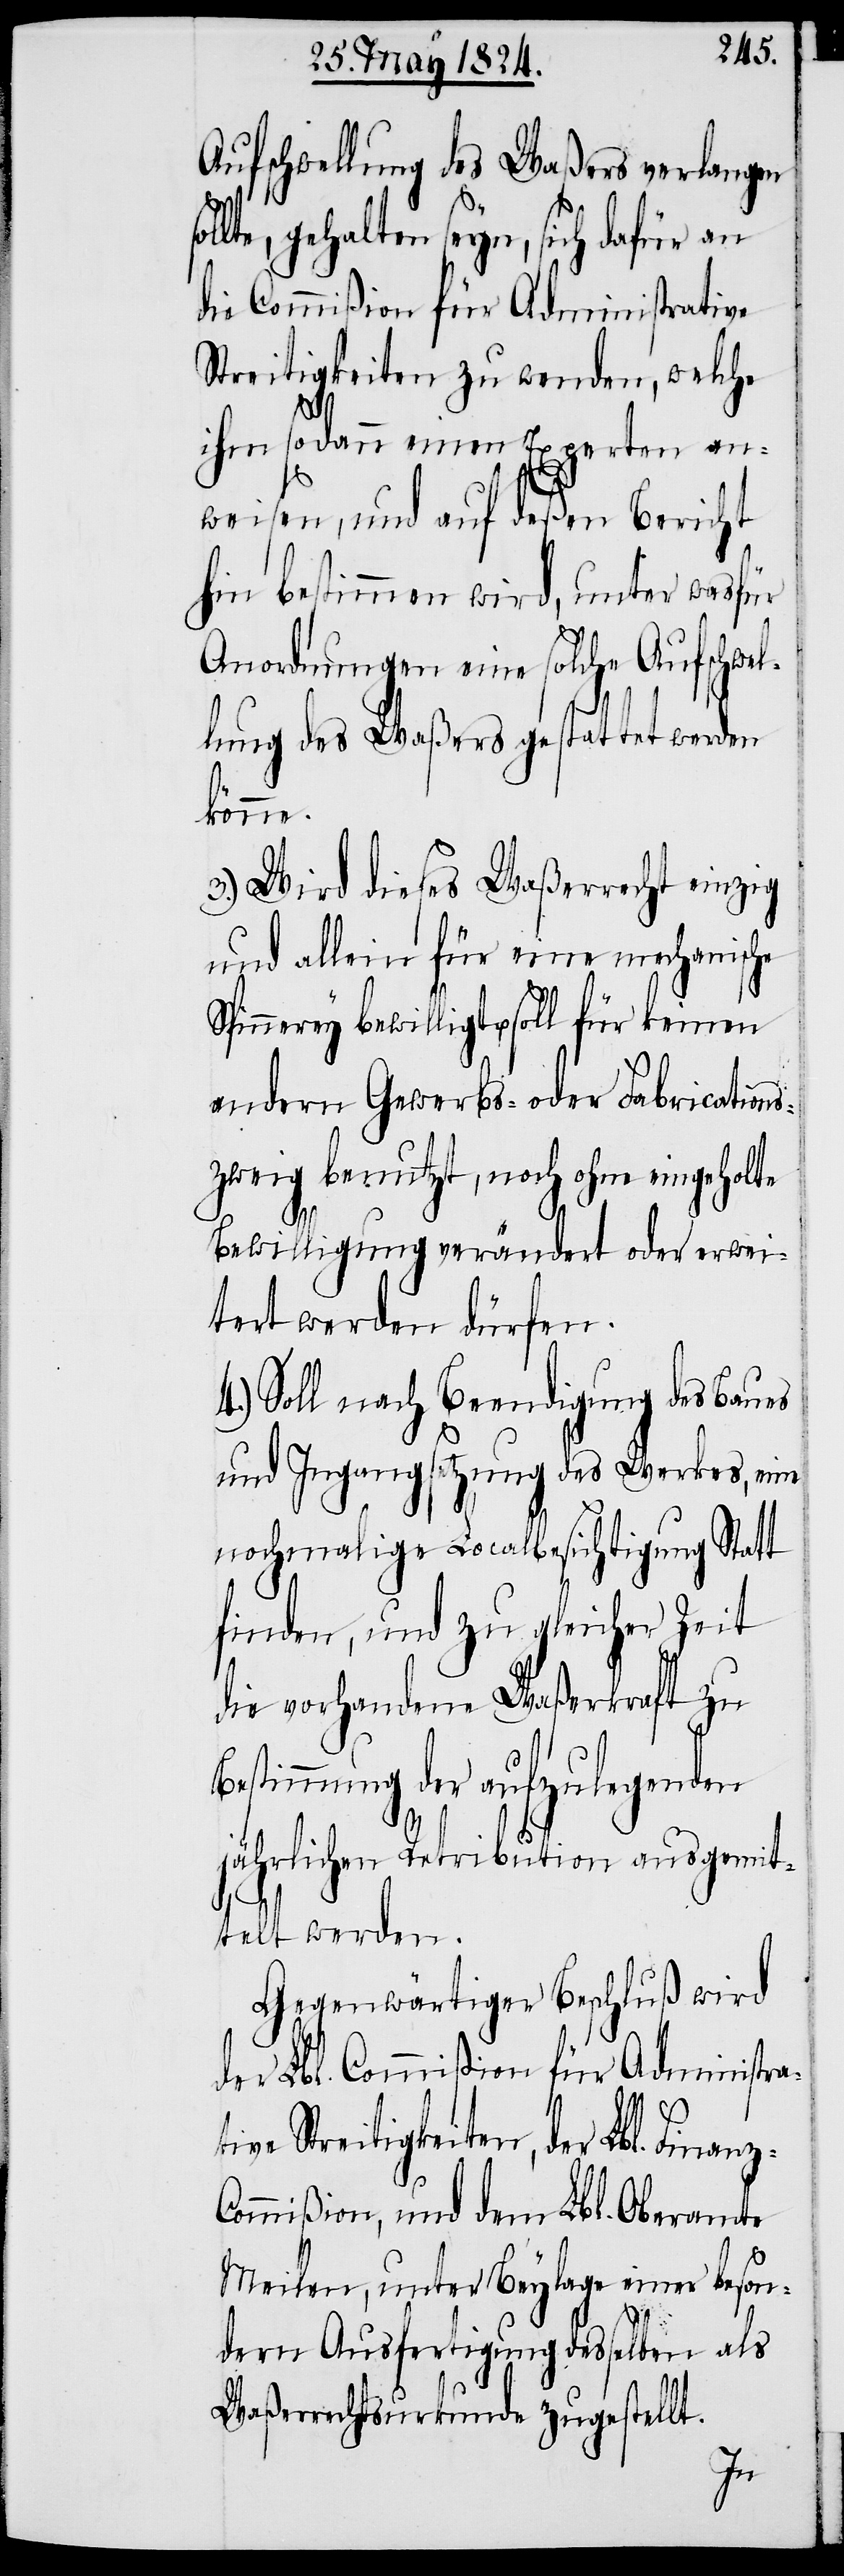
Aufschwellung des Waßers verlangen
lte, gehalten seyn, sich dafür an
die Commißion für Administrative
Streitigkeiten zu wenden, welche
ihm sodann einen Experten an¬
weisen, und auf deßen Bericht
hin bestimmen wird, unter wasfür
Anordnungen eine solche Aufschwel¬
lung des Waßers gestattet werden
keinen
3.) Wird dieses Waßerrecht einzig
und allein für eine mechanische
andern Gewerbs- oder Fabrications¬
zweig benutzt, noch ohne eingeholte
Bewilligung verändert oder erwei¬
tert werden dürfen.
4.) Soll nach Beendigung des Baues
und Ingangsetzung des Werkes, eine
nochmalige Localbesichtigung Statt
finden, und zu gleicher Zeit
die vorhandene Waßerkraft zu
timmung der aufzulegenden
jährlichen Retribution ausgemit¬
telt werden.
Gegenwärtiger Beschluß wird
der Lbl. Commißion für Administra¬
Streitigkeiten, der Lbl. Finan¬
ommißion, und dem Lbl. Oberamte
Meilen, unter Beylage einer beson¬
dern Ausfertigung desselben als
Waßerrechtsurkunde zugestellt.
z-C¬